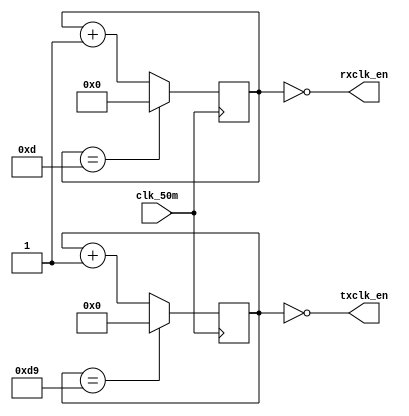
/*
 * Hacky baud rate generator to divide a 50MHz clock into a 115200 baud
 * rx/tx pair where the rx clcken oversamples by 16x.
 */
module baud_rate_gen(input wire clk_50m,
		     output wire rxclk_en,
		     output wire txclk_en);

parameter RX_ACC_MAX = 25000000 / (115200 * 16);
parameter TX_ACC_MAX = 25000000 / 115200;
parameter RX_ACC_WIDTH = $clog2(RX_ACC_MAX);
parameter TX_ACC_WIDTH = $clog2(TX_ACC_MAX);
reg [RX_ACC_WIDTH - 1:0] rx_acc = 0;
reg [TX_ACC_WIDTH - 1:0] tx_acc = 0;

assign rxclk_en = (rx_acc == 0);
assign txclk_en = (tx_acc == 0);

initial begin
	$display("WIDTH: %d %d",RX_ACC_WIDTH, TX_ACC_WIDTH);
	$display("MAX: %d %d",RX_ACC_MAX, TX_ACC_MAX);
end

always @(posedge clk_50m) begin
	if (rx_acc == RX_ACC_MAX[RX_ACC_WIDTH - 1:0])
		rx_acc <= 0;
	else
		rx_acc <= rx_acc + 1;
end

always @(posedge clk_50m) begin
	if (tx_acc == TX_ACC_MAX[TX_ACC_WIDTH - 1:0])
		tx_acc <= 0;
	else
		tx_acc <= tx_acc + 1;
end

endmodule